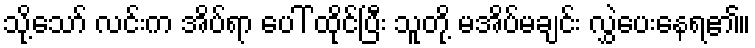
သို့သော် လင်းက အိပ်ရာ ပေါ် ထိုင်ပြီး သူတို့ မအိပ်မချင်း လွှဲပေးနေရ၏။